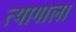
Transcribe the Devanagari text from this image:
त्यागाला